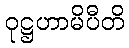
ဝုဋ္ဌဟာမိပီတိ